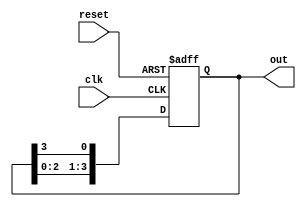
module ring_counter #(parameter n = 4) (
    input wire clk,          // Clock input
    input wire reset,        // Asynchronous reset input
    output reg [n-1:0] out   // Output representing the current state of the counter
);

    // Internal signal
    reg [n-1:0] next_state;

    // Initial state setting
    initial begin
        out = 1'b1; // Initial state: 100...0
    end

    // Sequential logic: Update state on clock edge
    always @(posedge clk or posedge reset) begin
        if (reset) begin
            // Reset to initial state
            out <= 1'b1; // Setting to 100...0
        end else begin
            // Shift the '1' through the flip-flops
            next_state = {out[n-2:0], out[n-1]}; // Shift left and wrap around
            out <= next_state;
        end
    end

endmodule